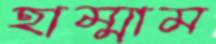
হাম্মাম